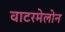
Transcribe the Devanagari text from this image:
वाटरमेलोन